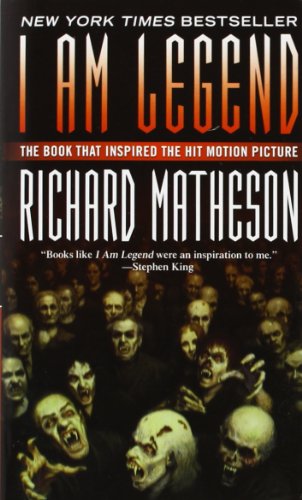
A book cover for I Am Legend; Richard Matheson; Literature & Fiction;